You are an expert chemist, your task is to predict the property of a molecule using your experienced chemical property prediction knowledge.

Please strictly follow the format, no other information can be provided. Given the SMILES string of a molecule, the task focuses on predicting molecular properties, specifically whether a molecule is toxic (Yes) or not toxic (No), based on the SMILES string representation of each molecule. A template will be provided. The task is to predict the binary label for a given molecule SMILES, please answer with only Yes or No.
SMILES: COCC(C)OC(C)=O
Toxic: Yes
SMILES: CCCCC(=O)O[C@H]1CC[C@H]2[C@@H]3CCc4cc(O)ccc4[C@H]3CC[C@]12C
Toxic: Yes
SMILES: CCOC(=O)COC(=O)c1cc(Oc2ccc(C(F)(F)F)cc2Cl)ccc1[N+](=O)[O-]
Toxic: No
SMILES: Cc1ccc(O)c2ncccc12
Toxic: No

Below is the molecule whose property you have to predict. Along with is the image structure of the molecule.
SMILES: COC(=O)Nc1nc2cc(Sc3ccccc3)ccc2[nH]1
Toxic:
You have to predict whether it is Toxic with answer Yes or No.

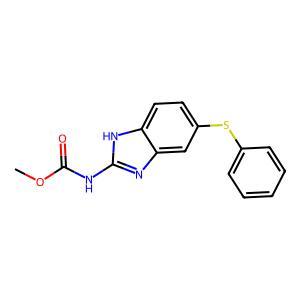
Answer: No